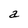
Character: a